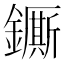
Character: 𨮭